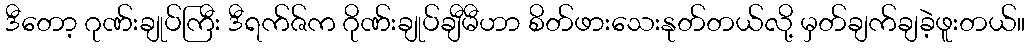
ဒီတော့ ဂုဏ်းချုပ်ကြီး ဒီရက်ဇ်က ဂိုဏ်းချုပ်ချီမီဟာ စိတ်ဖားသေးနုတ်တယ်လို့ မှတ်ချက်ချခဲ့ဖူးတယ်။